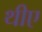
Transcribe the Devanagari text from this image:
थीए